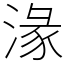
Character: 湪